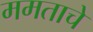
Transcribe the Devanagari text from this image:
ममताचे